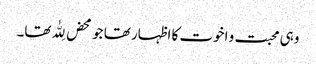
وہی محبت و اخوت کا اظہار تھا جو محض لِلّٰہ تھا۔